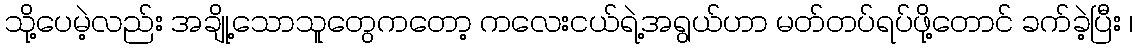
သို့ပေမဲ့လည်း အချို့သောသူတွေကတော့ ကလေးငယ်ရဲ့အရွယ်ဟာ မတ်တပ်ရပ်ဖို့တောင် ခက်ခဲ့ပြီး ၊